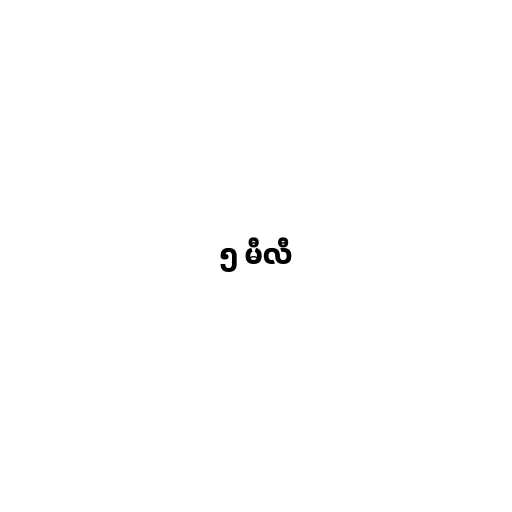
၅ မီလီ